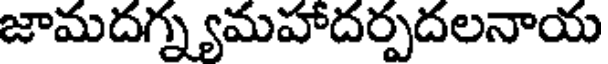
జామదగ్న్యమహాదర్పదలనాయ